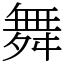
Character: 舞